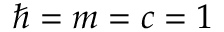
\hbar = m = c = 1